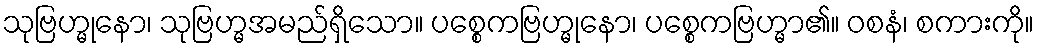
သုဗြဟ္မုနော၊ သုဗြဟ္မအမည်ရှိသော။ ပစ္စေကဗြဟ္မုနော၊ ပစ္စေကဗြဟ္မာ၏။ ဝစနံ၊ စကားကို။